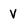
Character: V